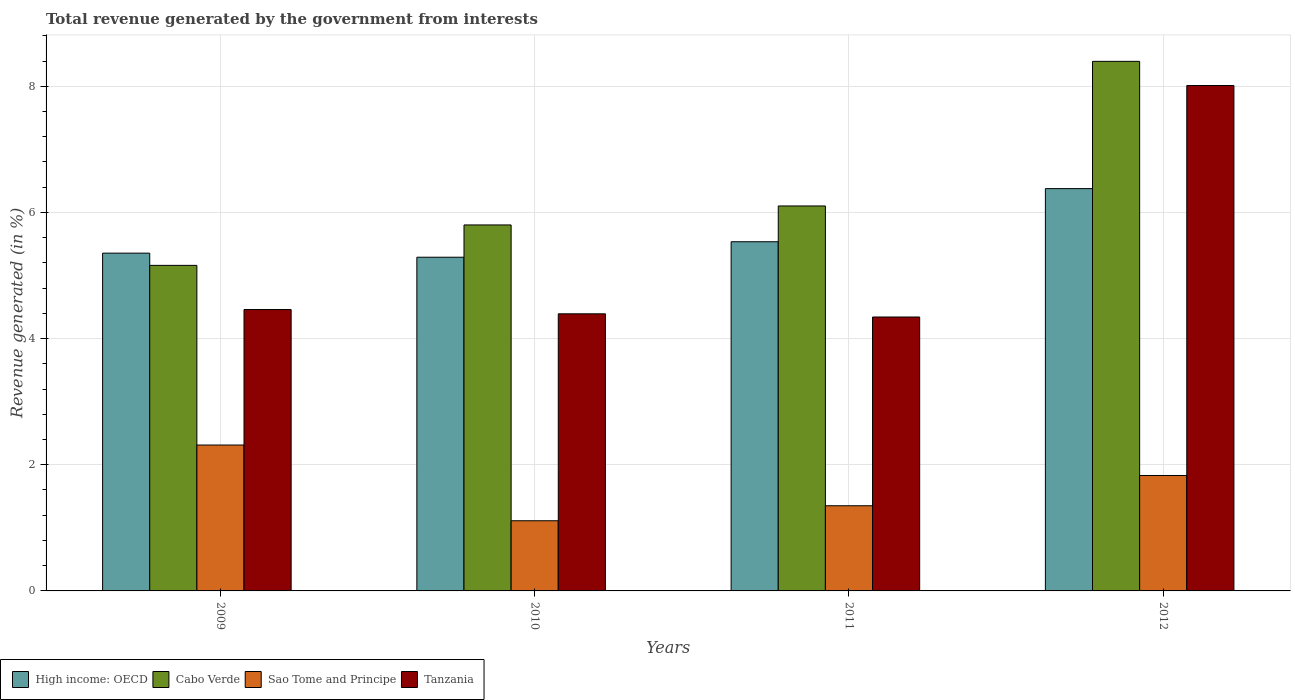
| Years | High income: OECD | Cabo Verde | Sao Tome and Principe | Tanzania |
 | --- | --- | --- | --- | --- |
 | 2009 | 5.35 | 5.16 | 2.31 | 4.46 |
 | 2010 | 5.29 | 5.8 | 1.11 | 4.39 |
 | 2011 | 5.54 | 6.1 | 1.35 | 4.34 |
 | 2012 | 6.38 | 8.4 | 1.83 | 8.01 |